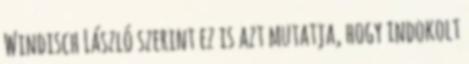
Windisch László szerint ez is azt mutatja, hogy indokolt